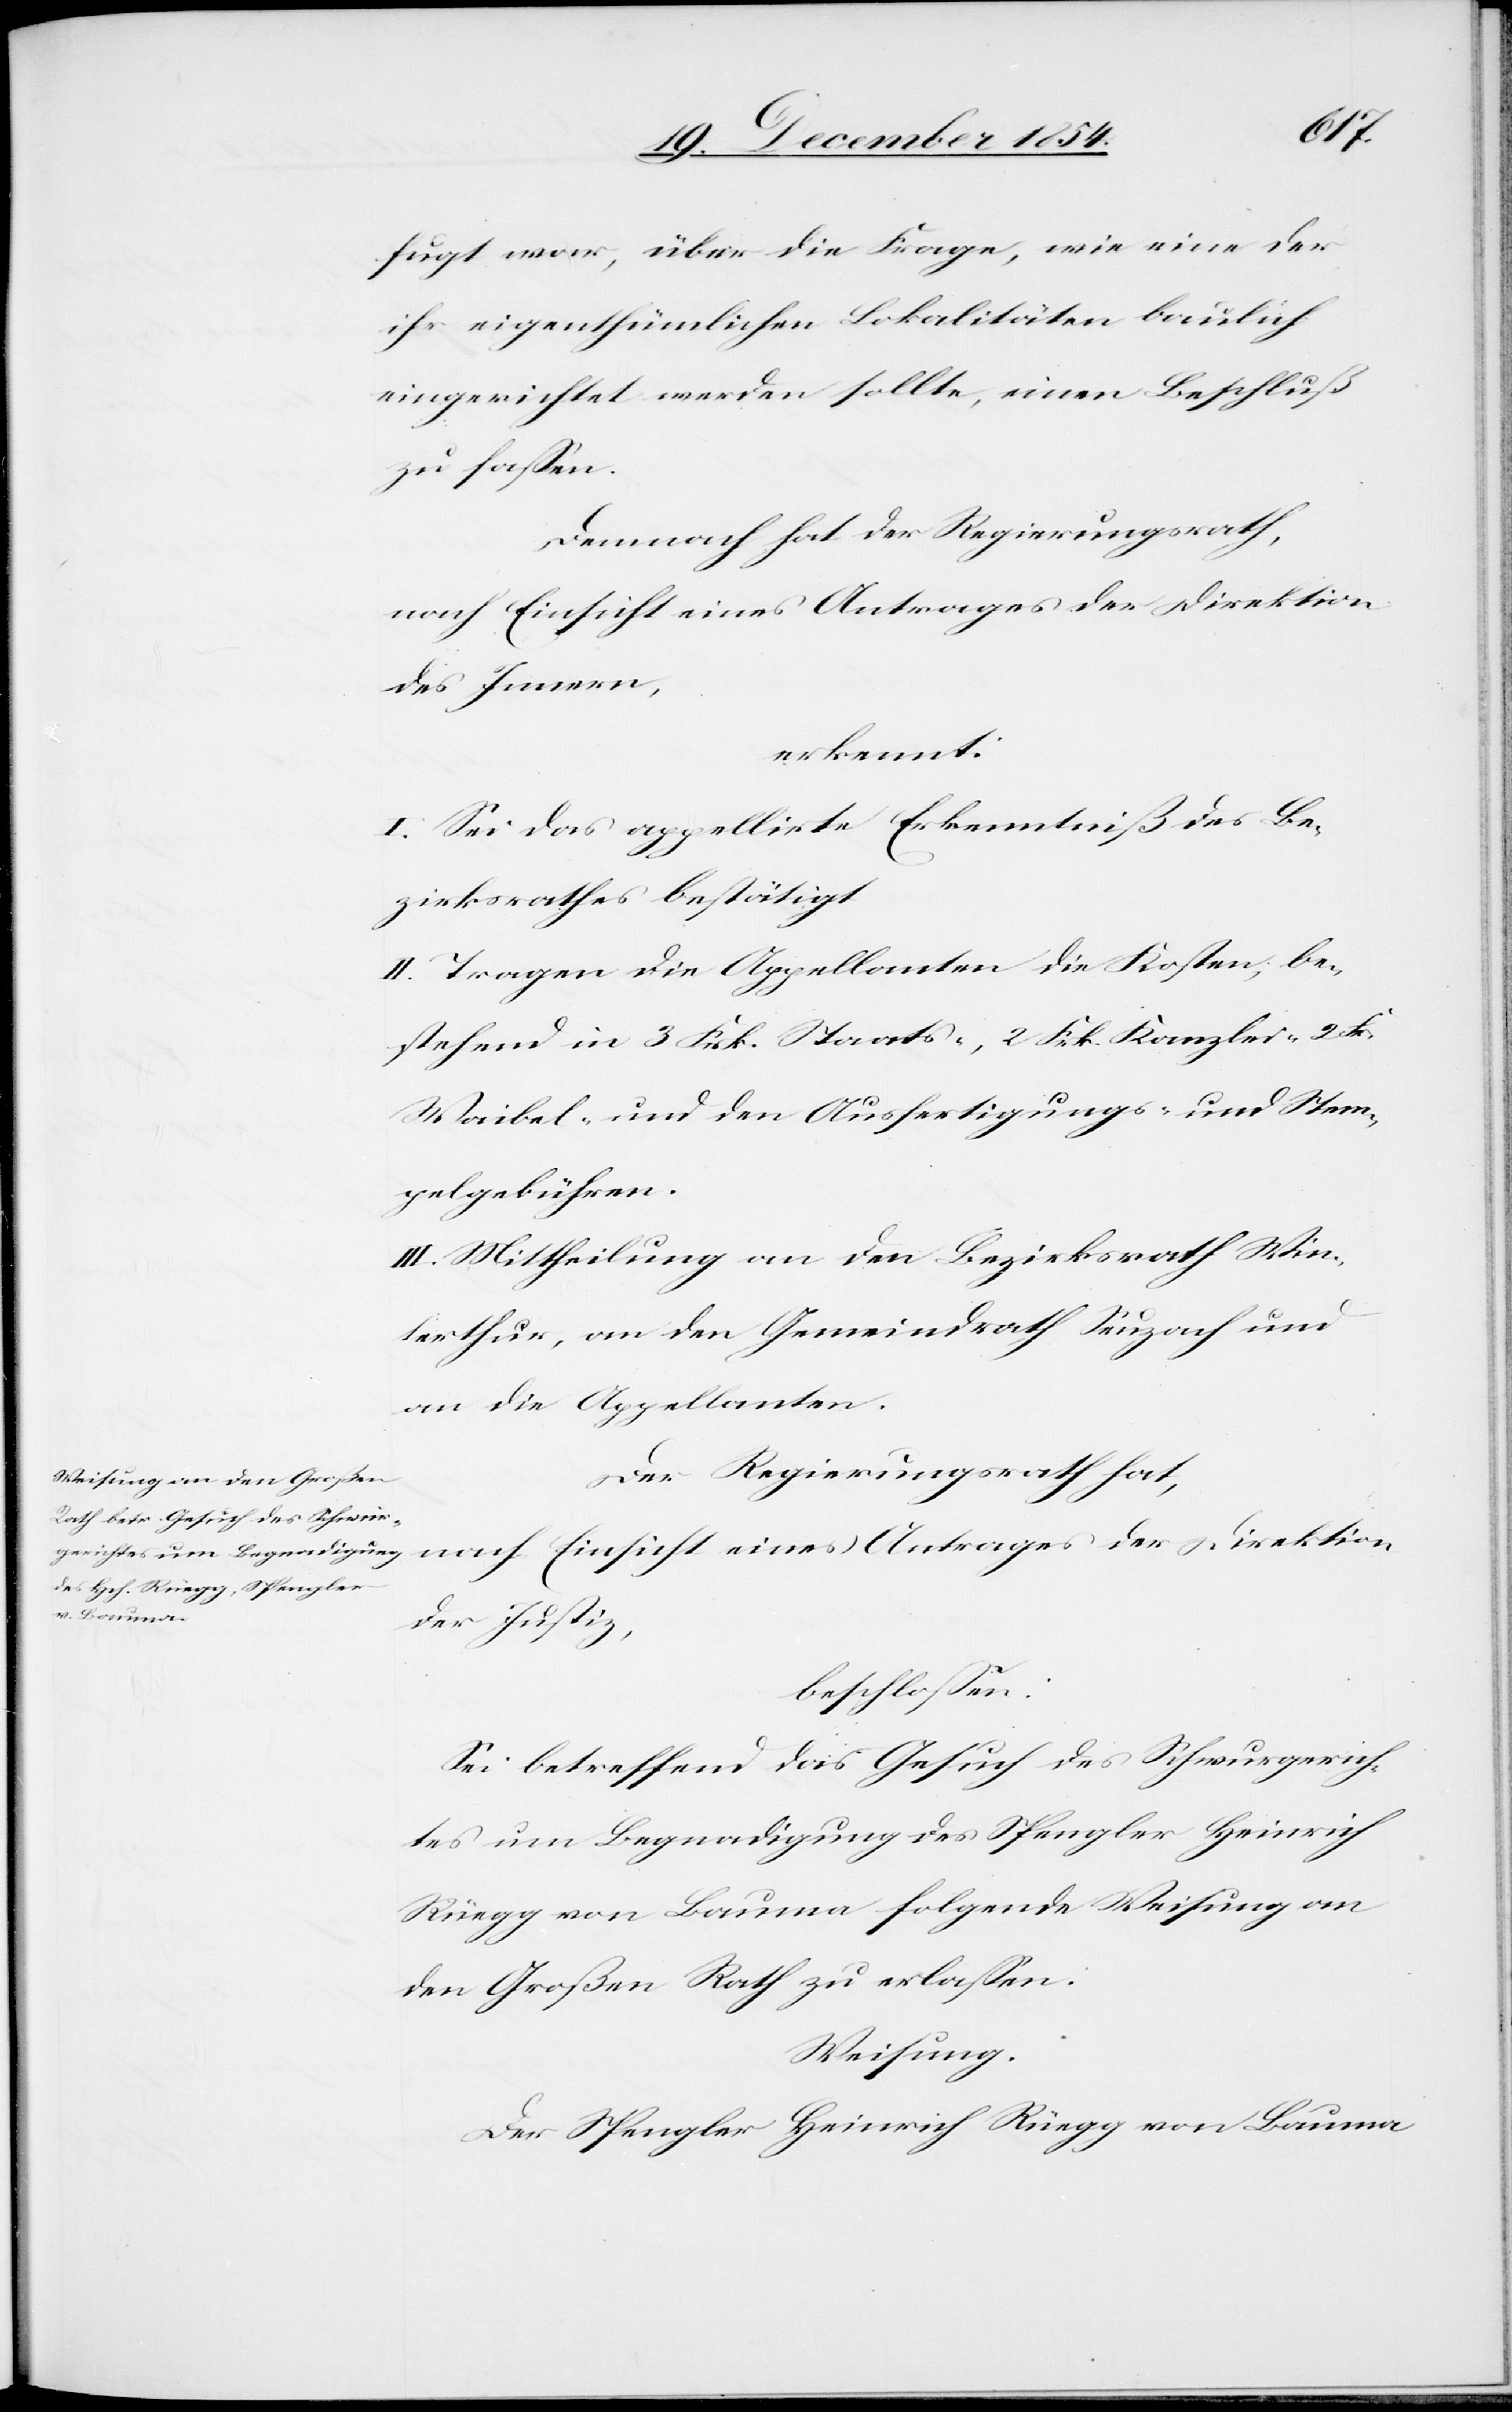
fugt war, über die Frage, wie eine der
ihr eigenthümlichen Lokalitäten baulich
eingerichtet werden sollte, einen Beschluß
zu faßen.
Demnach hat der Regierungsrath
nach Einsicht eines Antrages der Direktion
des Innern,
erkennt:
I. Sei das appellirte Erkenntniß des Be¬
zirksrathes bestätigt.
II. Tragen die Appellanten die Kosten, be¬
stehend in 3 Frk. Staats-, 2 Frk. Kanzlei-[,] 2 Fr.
Waibel- und den Ausfertigungs- und Stem¬
pelgebühren.
III. Mittheilung an den Bezirksrath Win¬
terthur, an den Gemeindrath Seuzach und
an die Appellanten.
Der Regierungsrath hat,
nach Einsicht eines Antrages der Direktion
der Justiz,
beschloßen:
Sei betreffend das Gesuch des Schwurgerich¬
tes um Begnadigung des Spengler Heinrich
Rüegg von Bauma folgende Weisung an
den Großen Rath zu erlaßen:
Weisung.
Der Spengler Heinrich Rüegg von Bauma